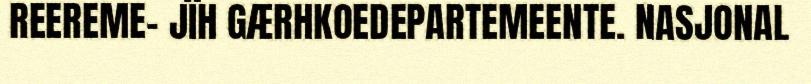
REEREME- JÏH GÆRHKOEDEPARTEMEENTE. NASJONAL